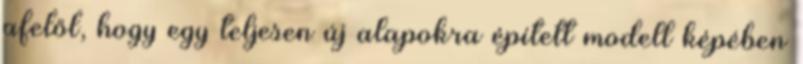
afelől, hogy egy teljesen új alapokra épített modell képében